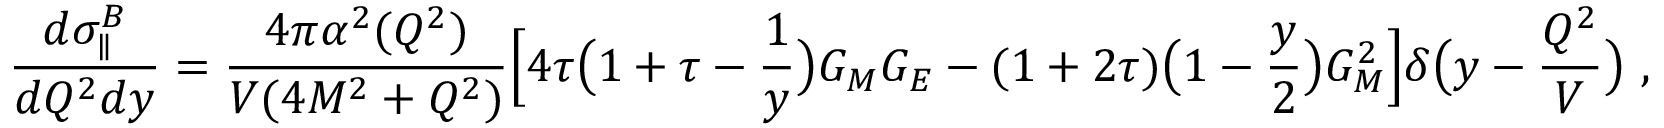
\frac { d \sigma _ { \parallel } ^ { B } } { d Q ^ { 2 } d y } = \frac { 4 \pi \alpha ^ { 2 } ( Q ^ { 2 } ) } { V ( 4 M ^ { 2 } + Q ^ { 2 } ) } \Bigl [ 4 \tau \bigl ( 1 + \tau - \frac { 1 } { y } \bigr ) G _ { M } G _ { E } - ( 1 + 2 \tau ) \bigl ( 1 - \frac { y } { 2 } \bigr ) G _ { M } ^ { 2 } \Bigr ] \delta \bigl ( y - \frac { Q ^ { 2 } } { V } \bigr ) \ ,